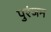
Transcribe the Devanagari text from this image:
पुरंजन